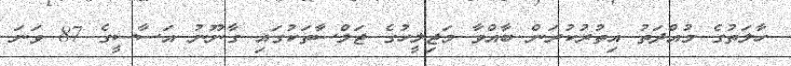
ހާލަތުގެ މުއްދަތު އިތުރުކުރަން ބާއްވާ މަޖިލީހުގެ ޖަލްސާތަކުގައި ގާނޫނު އަސާސީގެ 87 ވަނަ